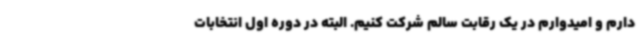
دارم و امیدوارم در یک رقابت سالم شرکت کنیم. البته در دوره اول انتخابات